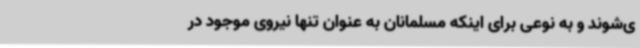
ی‌شوند و به نوعی برای اینکه مسلمانان به عنوان تنها نیروی موجود در